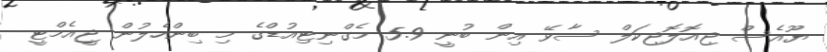
ޔޫއެސް ޖިއޮލޮޖިކަލް ސާވޭ އިން ބުނީ 5.9 މެގްނިޓިއުޑްގެ މި ބިންހެލުން ޖީއެމްޓީ